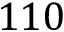
1 1 0